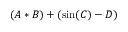
( A * B ) + ( \sin ( C ) - D )